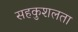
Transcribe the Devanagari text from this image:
सहकुशलता